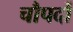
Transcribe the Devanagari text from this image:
चौपदों